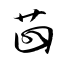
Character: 茴